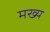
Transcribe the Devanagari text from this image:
मख्य